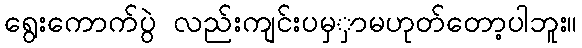
ရွေးကောက်ပွဲ လည်းကျင်းပမှှာမဟုတ်တော့ပါဘူး။